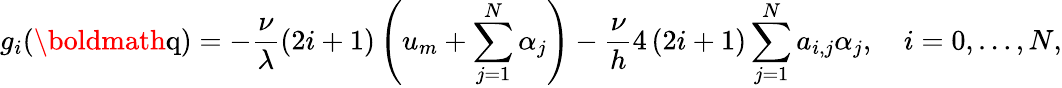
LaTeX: g_{i}(\textrm{\boldmath{q}})=-\frac{\nu}{\lambda}\left(2i+1\right)\left(u_{m}+\sum_{j=1}^{N}\alpha_{j}\right)-\frac{\nu}{h}4\left(2i+1\right)\sum_{j=1}^{N}a_{i,j}\alpha_{j},\quad i=0,\ldots,N,